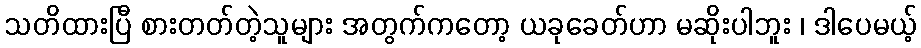
သတိထားပြီ စားတတ်တဲ့သူများ အတွက်ကတော့ ယခုခေတ်ဟာ မဆိုးပါဘူး ၊ ဒါပေမယ့်